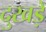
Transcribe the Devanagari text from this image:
दुखड़े